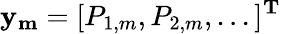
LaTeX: \mathbf{y_{m}}=[P_{1,m},P_{2,m},...]^{\mathbf{T}}